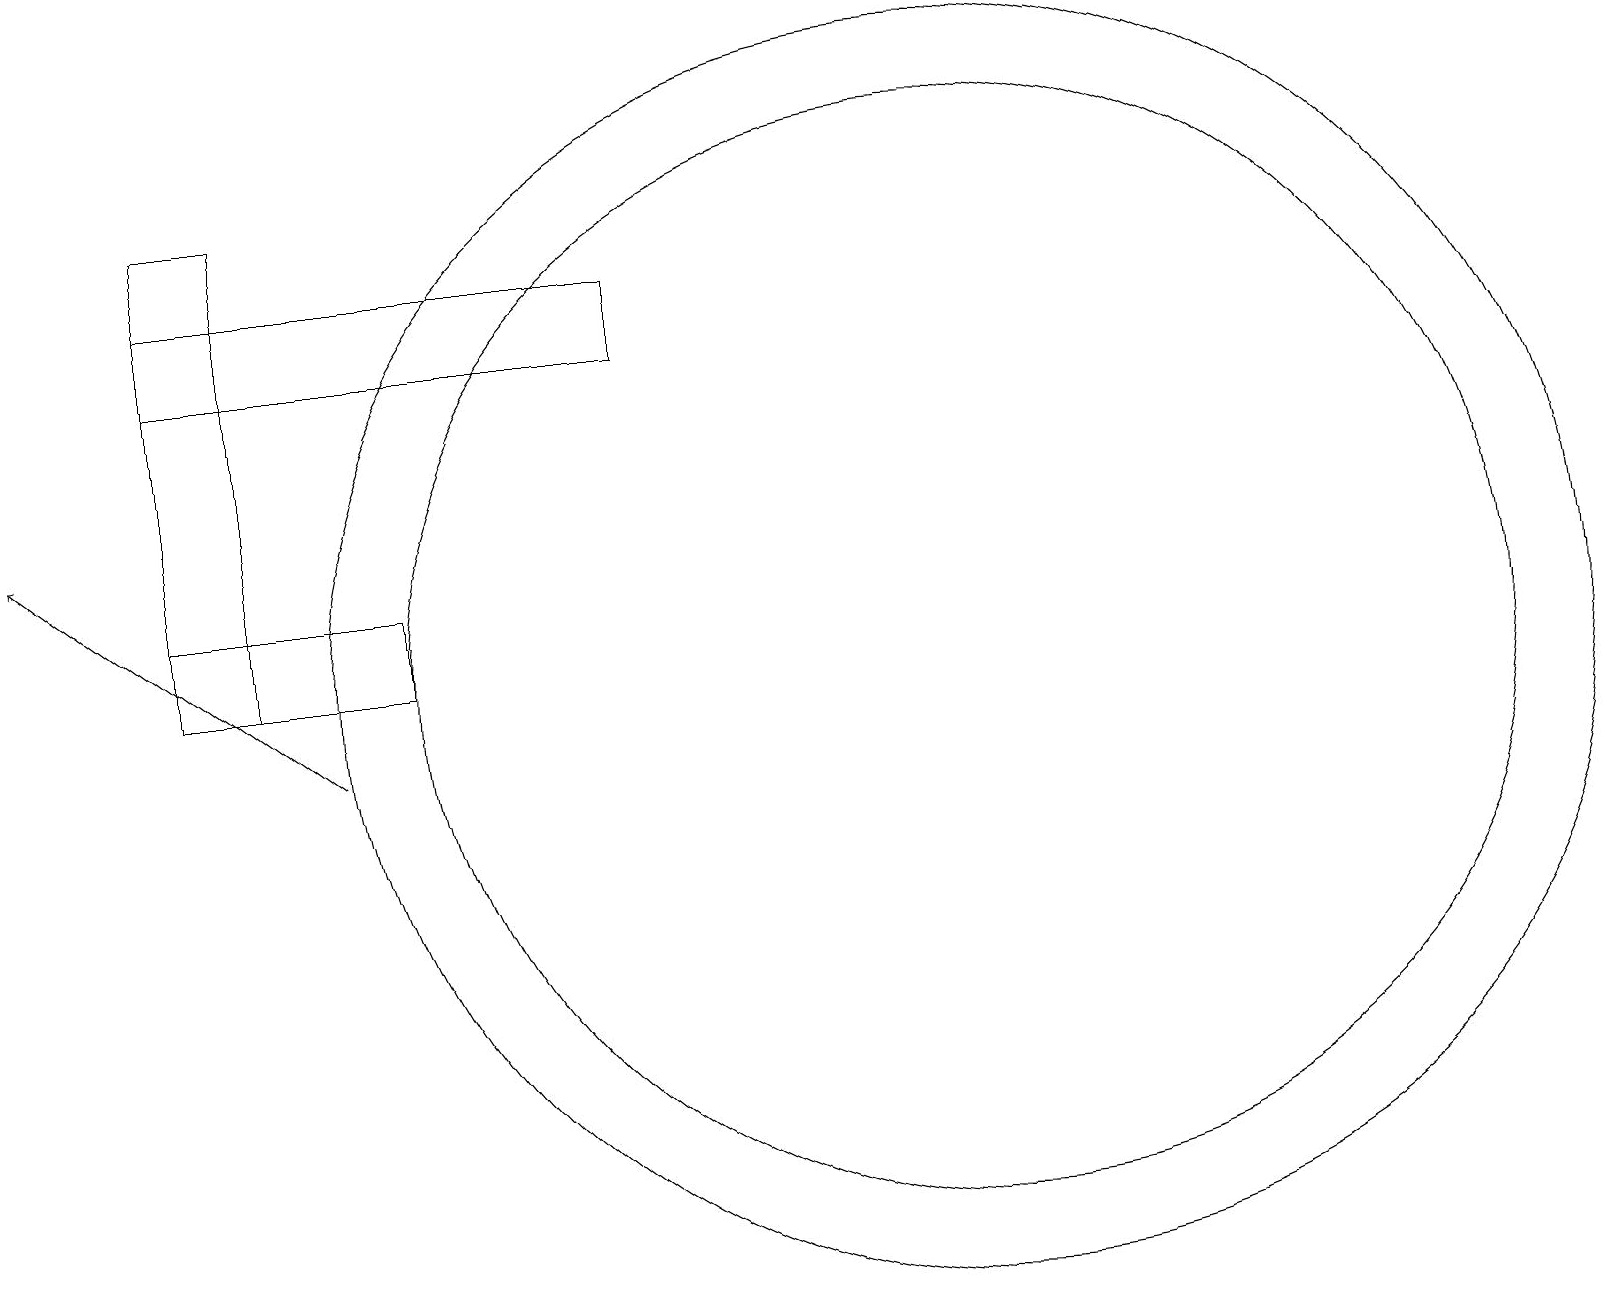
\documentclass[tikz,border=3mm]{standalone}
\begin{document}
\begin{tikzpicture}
\draw (2,17) rectangle (3,11);
\draw (12,11) circle (7);
\draw (3,16) rectangle (6,16);
\draw (2,11) rectangle (5,12);
\draw (2,16) rectangle (8,15);
\draw (12,11) circle (8);
\draw[->] (4,10) -- (0,13);
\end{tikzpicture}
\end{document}